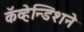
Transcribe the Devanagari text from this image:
कॅव्हेन्डिशने